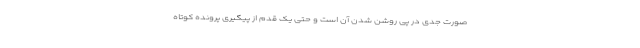
صورت جدی در پی روشن شدن آن است و حتی یک قدم از پیگیری پرونده کوتاه